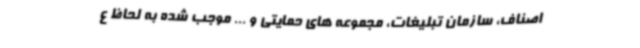
اصناف، سازمان تبلیغات، مجموعه های حمایتی و ... موجب شده به لحاظ ع